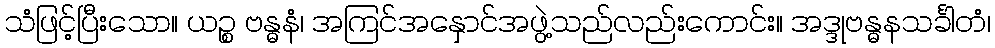
သံဖြင့်ပြီးသော။ ယဉ္စ ဗန္ဓနံ၊ အကြင်အနှောင်အဖွဲ့သည်လည်းကောင်း။ အဒ္ဒုဗန္ဓနသင်္ခါတံ၊